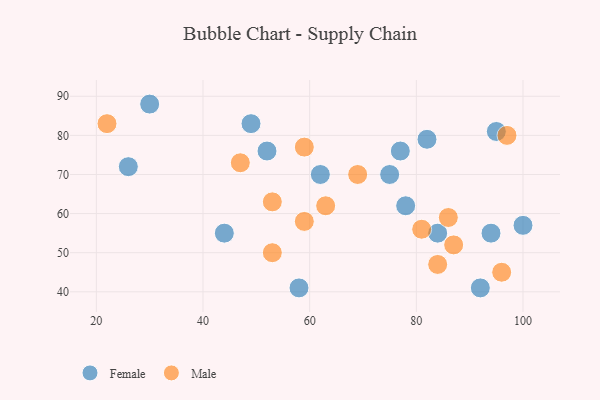
{"axis": {"x": "GDP", "y": "Life Expectancy"}, "legend": ["Female", "Male"], "data": [{"x": "26", "y": 72, "type": "Female"}, {"x": "49", "y": 83, "type": "Female"}, {"x": "100", "y": 57, "type": "Female"}, {"x": "78", "y": 62, "type": "Female"}, {"x": "75", "y": 70, "type": "Female"}, {"x": "92", "y": 41, "type": "Female"}, {"x": "95", "y": 81, "type": "Female"}, {"x": "52", "y": 76, "type": "Female"}, {"x": "62", "y": 70, "type": "Female"}, {"x": "44", "y": 55, "type": "Female"}, {"x": "58", "y": 41, "type": "Female"}, {"x": "77", "y": 76, "type": "Female"}, {"x": "82", "y": 79, "type": "Female"}, {"x": "84", "y": 55, "type": "Female"}, {"x": "30", "y": 88, "type": "Female"}, {"x": "94", "y": 55, "type": "Female"}, {"x": "69", "y": 70, "type": "Male"}, {"x": "59", "y": 77, "type": "Male"}, {"x": "96", "y": 45, "type": "Male"}, {"x": "81", "y": 56, "type": "Male"}, {"x": "63", "y": 62, "type": "Male"}, {"x": "53", "y": 50, "type": "Male"}, {"x": "84", "y": 47, "type": "Male"}, {"x": "87", "y": 52, "type": "Male"}, {"x": "47", "y": 73, "type": "Male"}, {"x": "53", "y": 63, "type": "Male"}, {"x": "22", "y": 83, "type": "Male"}, {"x": "97", "y": 80, "type": "Male"}, {"x": "59", "y": 58, "type": "Male"}, {"x": "86", "y": 59, "type": "Male"}]}